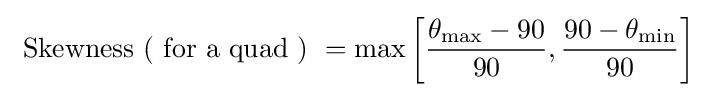
{\text{ Skewness ( for a quad ) }}=\max {\left[{\frac {\theta _{\text{max}}-90}{90}},{\frac {90-\theta _{\text{min}}}{90}}\right]}